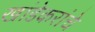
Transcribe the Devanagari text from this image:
खांडेकरांचे